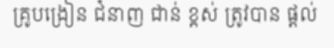
គ្រូបង្រៀន ជំនាញ ជាន់ ខ្ពស់ ត្រូវបាន ផ្តល់